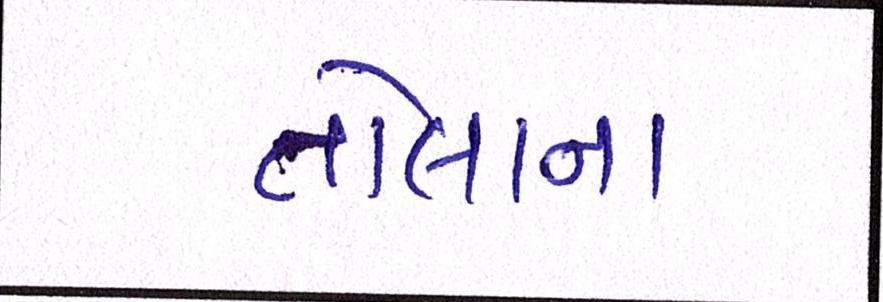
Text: તોલાના